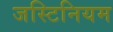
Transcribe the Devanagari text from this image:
जस्टिनियम